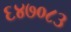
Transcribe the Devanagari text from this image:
६४७०८३